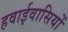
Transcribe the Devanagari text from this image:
हवाईवासियों